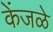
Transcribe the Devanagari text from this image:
केंजळे